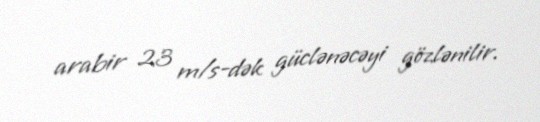
arabir 23 m/s-dək güclənəcəyi gözlənilir.